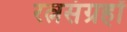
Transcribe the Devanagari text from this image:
रत्नसंग्रहों